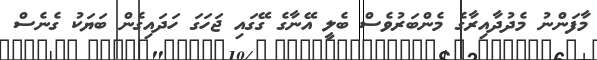
މާފަންނު މެދުދާއިރާގެ މެންބަރުވެސް ބެލީ އޭނާގެ ގޭގައި ޖަހަގަ ހަދައިގެން ބަޔަކު ގެނެސް